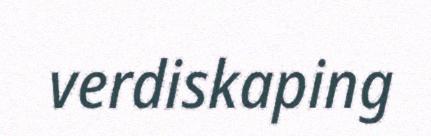
verdiskaping